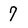
Character: 7